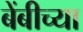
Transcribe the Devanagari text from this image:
बेंबीच्या